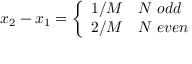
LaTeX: x _ { 2 } - x _ { 1 } = \left\{ \begin{array} { c l } { { 1 / M } } & { { N \; o d d } } \\ { { 2 / M } } & { { N \; e v e n } } \end{array} \right.